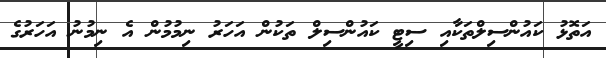
އަތޮޅު ކައުންސިލްތަކާއި ސިޓީ ކައުންސިލް ތަކުން އަހަރު ނިމުމުން އެ ނިމުނު އަހަރުގެ